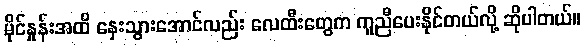
မိုင်နှုန်းအထိ နှေးသွားအောင်လည်း လေထီးတွေက ကူညီပေးနိုင်တယ်လို့ ဆိုပါတယ်။